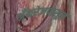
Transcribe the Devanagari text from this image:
अँकरेजपासून